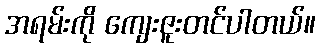
အရမ်းကို ကျေးဇူးတင်ပါတယ်။